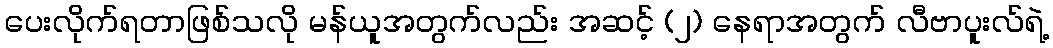
ပေးလိုက်ရတာဖြစ်သလို မန်ယူအတွက်လည်း အဆင့် (၂) နေရာအတွက် လီဗာပူးလ်ရဲ့